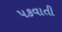
પકવાતી